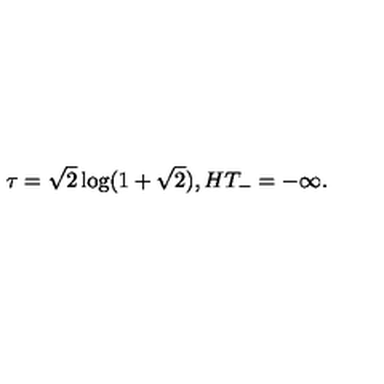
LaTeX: \tau = \sqrt { 2 } \log ( 1 + \sqrt { 2 } ) , H T _ { - } = - \infty .